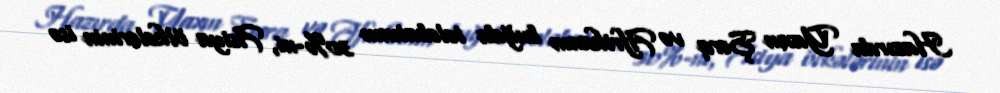
Hazırda Yaxın Şərq və Afrikanın buğda tələbatının 30%-ni, Asiya ölkələrinin isə